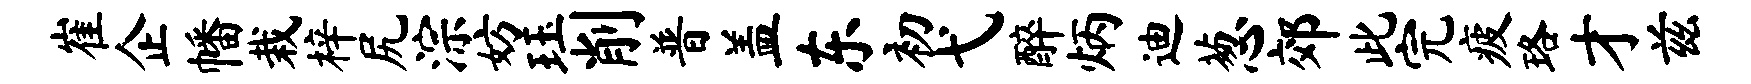
崔企幡栽梓尻淙妨珏削普盖东初弋醉炳迪葱郊此完疲珞才兹